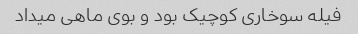
فیله سوخاری‌ کوچیک بود و بوی ماهی میداد